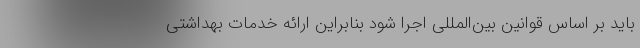
باید بر اساس قوانین بین‌المللی اجرا شود بنابراین ارائه خدمات بهداشتی